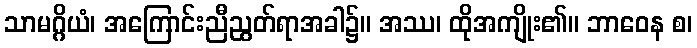
သာမဂ္ဂိယံ၊ အကြောင်းညီညွတ်ရာအခါ၌။ အဿ၊ ထိုအကျိုး၏။ ဘာဝေန စ၊